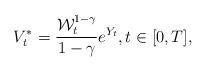
LaTeX: \begin{align*} V^*_t = \frac{\mathcal{W}_t^{1-\gamma}}{1-\gamma} e^{Y_t}, t\in[0,T],\end{align*}